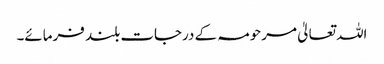
اللہ تعالیٰ مرحومہ کے درجات بلند فرمائے۔